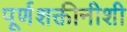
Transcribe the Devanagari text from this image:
पूर्णशक्तीनीशी